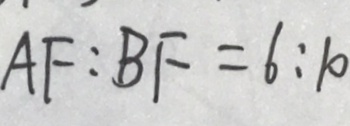
A F : B F = 6 : 1 0